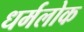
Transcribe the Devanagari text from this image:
धर्मलोक